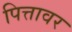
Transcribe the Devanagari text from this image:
पित्तावर